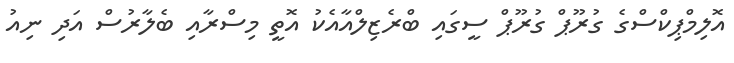
އޮލިމްޕިކްސްގެ ގުރޫޕް ގުރޫޕް ސީގައި ބްރެޒިލްއާއެކު އޮތީ މިސްރާއި ބެލާރުސް އަދި ނިއު